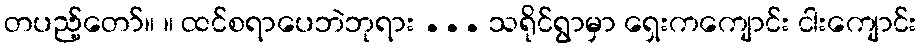
တပည့်တော်။ ။ ထင်စရာပေဘဲဘုရား ... သရိုင်ရွာမှာ ရှေးကကျောင်း ငါးကျောင်း